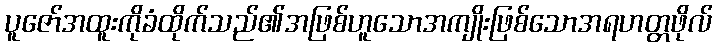
ပူဇော်အထူးကိုခံထိုက်သည်၏အဖြစ်ဟူသောအကျိုးဖြစ်သောအရဟတ္တဖိုလ်